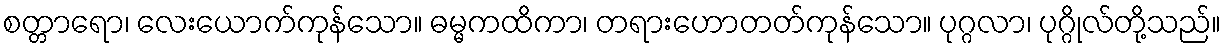
စတ္တာရော၊ လေးယောက်ကုန်သော။ ဓမ္မကထိကာ၊ တရားဟောတတ်ကုန်သော။ ပုဂ္ဂလာ၊ ပုဂ္ဂိုလ်တို့သည်။